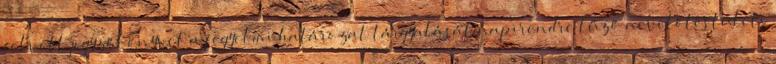
felvett jegyzőkönyvet a fegyelmi határozat tárgyalását napirendre tűző nevelőtestületi